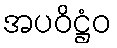
အပဝိဋ္ဌံဝ